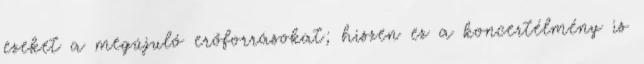
ezeket a megújuló erőforrásokat; hiszen ez a koncertélmény is